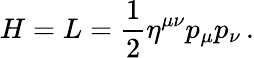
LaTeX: H=L=\frac{1}{2}\eta^{\mu\nu}p_{\mu}p_{\nu}\, .